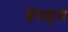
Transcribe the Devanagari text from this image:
ब्रेबहम